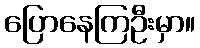
ပြောနေကြဦးမှာ။